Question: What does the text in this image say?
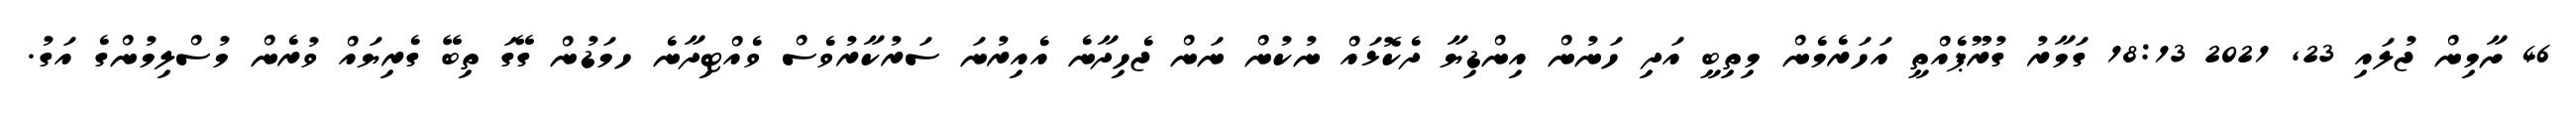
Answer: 46 ށާމިން ޖުލައި 23, 2021 18:13 ގަމާރު ގުރޫޕެއްތީ އަހަރެމެން މިތިބީ އަދި ހަނުން އިންޑިޔާ ދެކޮޅައް ނުކުން ނަން ޖެހިދާނެ އެއިރުނަ ސަރުކާރުވެސް ވެއްޓިދާނެ ހމަޑުން ގޭގަ ތިބޭ ގެރިޔައް ވުރެން މުސްލިމުންގެ އަގު.